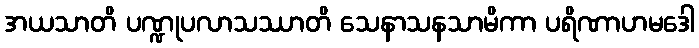
အယသာတိ ပဏ္ဍုပလာသဿာတိ သေနာသနသာမိကာ ပရိဏာဟမဒေါ